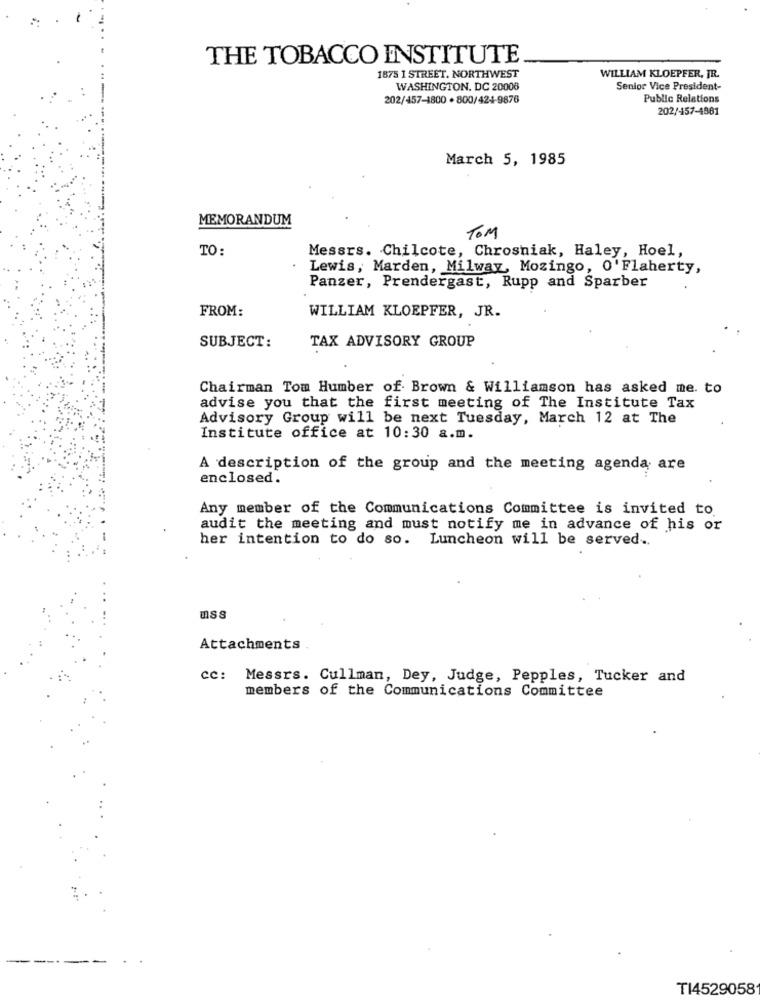
THE TOBACCO INSTITUTE
1875 1 STREET. NORTHWEST
WILLIAM KLOEPFER, JR.
WASHINGTON, DC 20008
Senior Vice President-
202/457-1800 · 800/424-9876
Public Relations
202/457-4861
March 5, 1985
MEMORANDUM
TOM
TO:
Messrs. Chilcote, Chrosniak, Haley, Hoel,
Lewis, Marden, Milway, Mozingo, O'Flaherty,
Panzer, Prendergast, Rupp and Sparber
FROM:
WILLIAM KLOEPFER, JR.
SUBJECT:
TAX ADVISORY GROUP
Chairman Tom Humber of Brown & Williamson has asked me. to
advise you that the first meeting of The Institute Tax
Advisory Group will be next Tuesday, March 12 at The
Institute office at 10:30 a.m.
A description of the group and the meeting agenda are
enclosed.
Any member of the Communications Committee is invited to
audit the meeting and must notify me in advance of his or
her intention to do so. Luncheon will be served ..
uss
Attachments
cc: Messrs. Cullman, Dey, Judge, Pepples, Tucker and
members of the Communications Committee
TI4529058